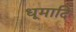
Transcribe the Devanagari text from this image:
धूमादि